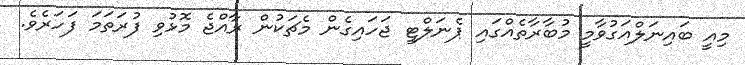
މިއީ ބައިނަލްއަގުވާމީ މުބާރާތެއްގައި ޕެނަލްޓީ ޖަހައިގެން މެޗަކުން ރާއްޖެ މޮޅުވި ފުރަތަމަ ފަހަރެވެ.